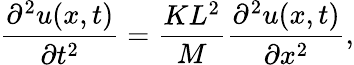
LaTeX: {\frac{\partial^{2}u(x,t)}{\partial t^{2}}}={\frac{KL^{2}}{M}}{\frac{\partial^{2}u(x,t)}{\partial x^{2}}},